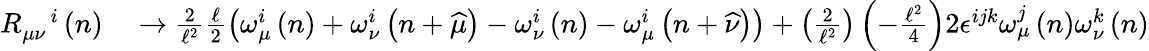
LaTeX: \begin{array}{rl}{R_{\mu\nu}^{\quad i}\left(n\right)}&{{}\rightarrow\frac{2}{\mathcal{\ell}^{2}}\frac{\mathcal{\ell}}{2}\left(\omega_{\mu}^{i}\left(n\right)+\omega_{\nu}^{i}\left(n+\widehat{\mu}\right)-\omega_{\nu}^{i}\left(n\right)-\omega_{\mu}^{i}\left(n+\widehat{\nu}\right)\right)+\left(\frac{2}{\mathcal{\ell}^{2}}\right)\left(-\frac{\mathcal{\ell}^{2}}{4}\right)2\epsilon^{ijk}\omega_{\mu}^{j}\left(n\right)\omega_{\nu}^{k}\left(n\right)}\end{array}